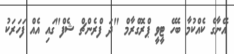
އޭނާގެ ކެއްކުމާ ބެހޭ ޓީވީ ޕްރޮގްރާމް "ދަ ފްރެންޗް ޝެފް"ގައި އެއް ފަހަރަކު